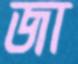
জা